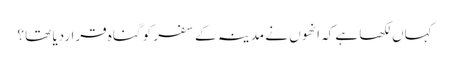
کہاں لکھا ہے کہ انھوں نے مدینہ کے سفر کو گناہ قراردیا تھا ؟